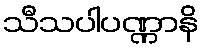
သီသပါပဏ္ဏာနိ